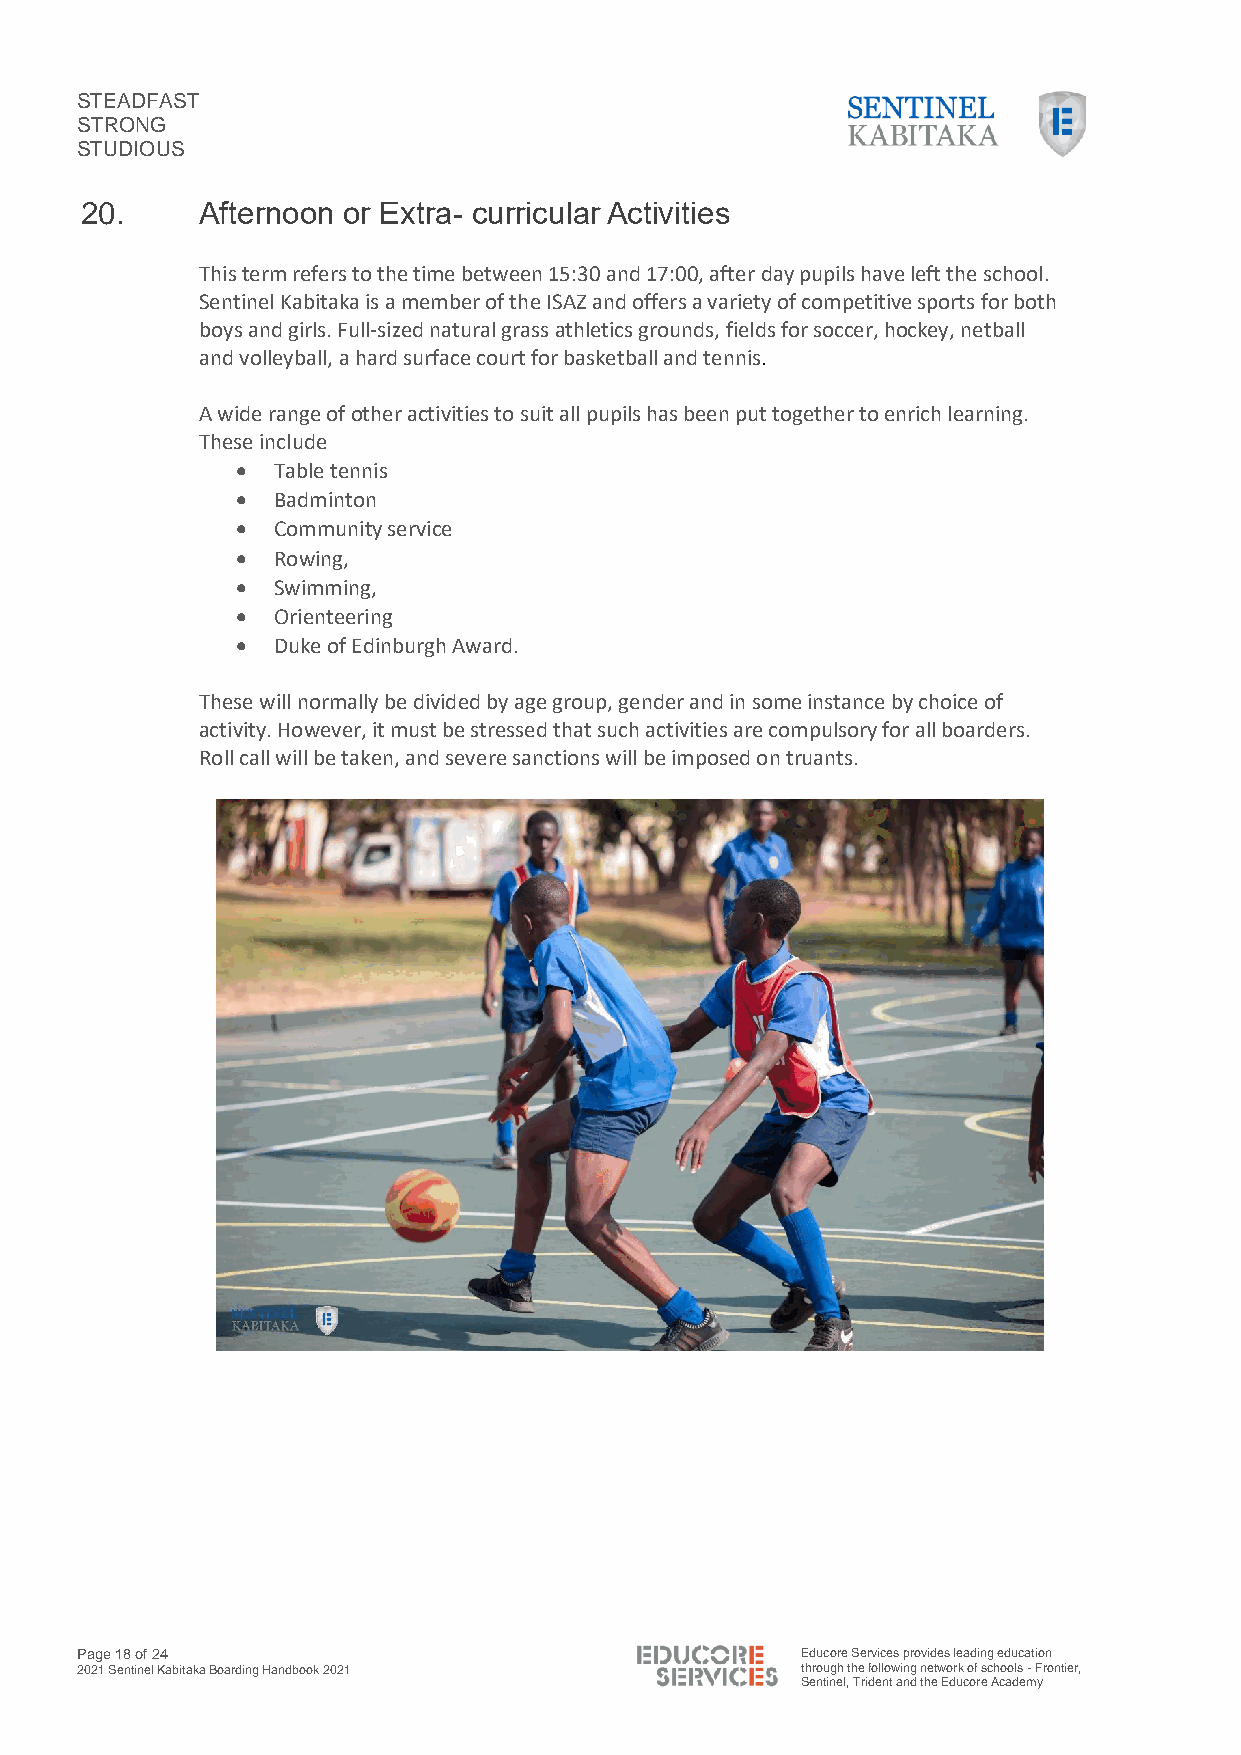
STEADFAST
 STRONG
 STUDIOUS
 20.     Afternoon or Extra- curricular Activities
 This term refers to the time between 15:30 and 17:00, after day pupils have left the school.
 Sentinel Kabitaka is a member of the ISAZ and offers a variety of competitive sports for both
 boys and girls. Full-sized natural grass athletics grounds, fields for soccer, hockey, netball
 and volleyball, a hard surface court for basketball and tennis.
 A wide range of other activities to suit all pupils has been put together to enrich learning.
 These include
 • Table tennis
 • Badminton
 • Community service
 • Rowing,
 • Swimming,
 • Orienteering
 • Duke of Edinburgh Award.
 These will normally be divided by age group, gender and in some instance by choice of
 activity. However, it must be stressed that such activities are compulsory for all boarders.
 Roll call will be taken, and severe sanctions will be imposed on truants.
 Page 18 of 24                                   Educore Services provides leading education
 2021 Sentinel Kabitaka Boarding Handbook 2021   through the following network of schools - Frontier,
 Sentinel, Trident and the Educore Academy